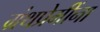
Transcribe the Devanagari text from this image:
ग्रंथप्रेमींना